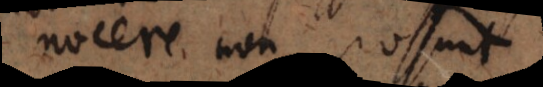
quae non possunt